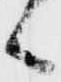
候